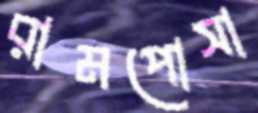
রামপোসা